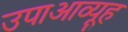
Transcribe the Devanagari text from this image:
उपाआव्यूह